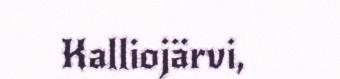
Kalliojärvi,